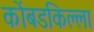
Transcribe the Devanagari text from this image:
कोंबडकिल्ला